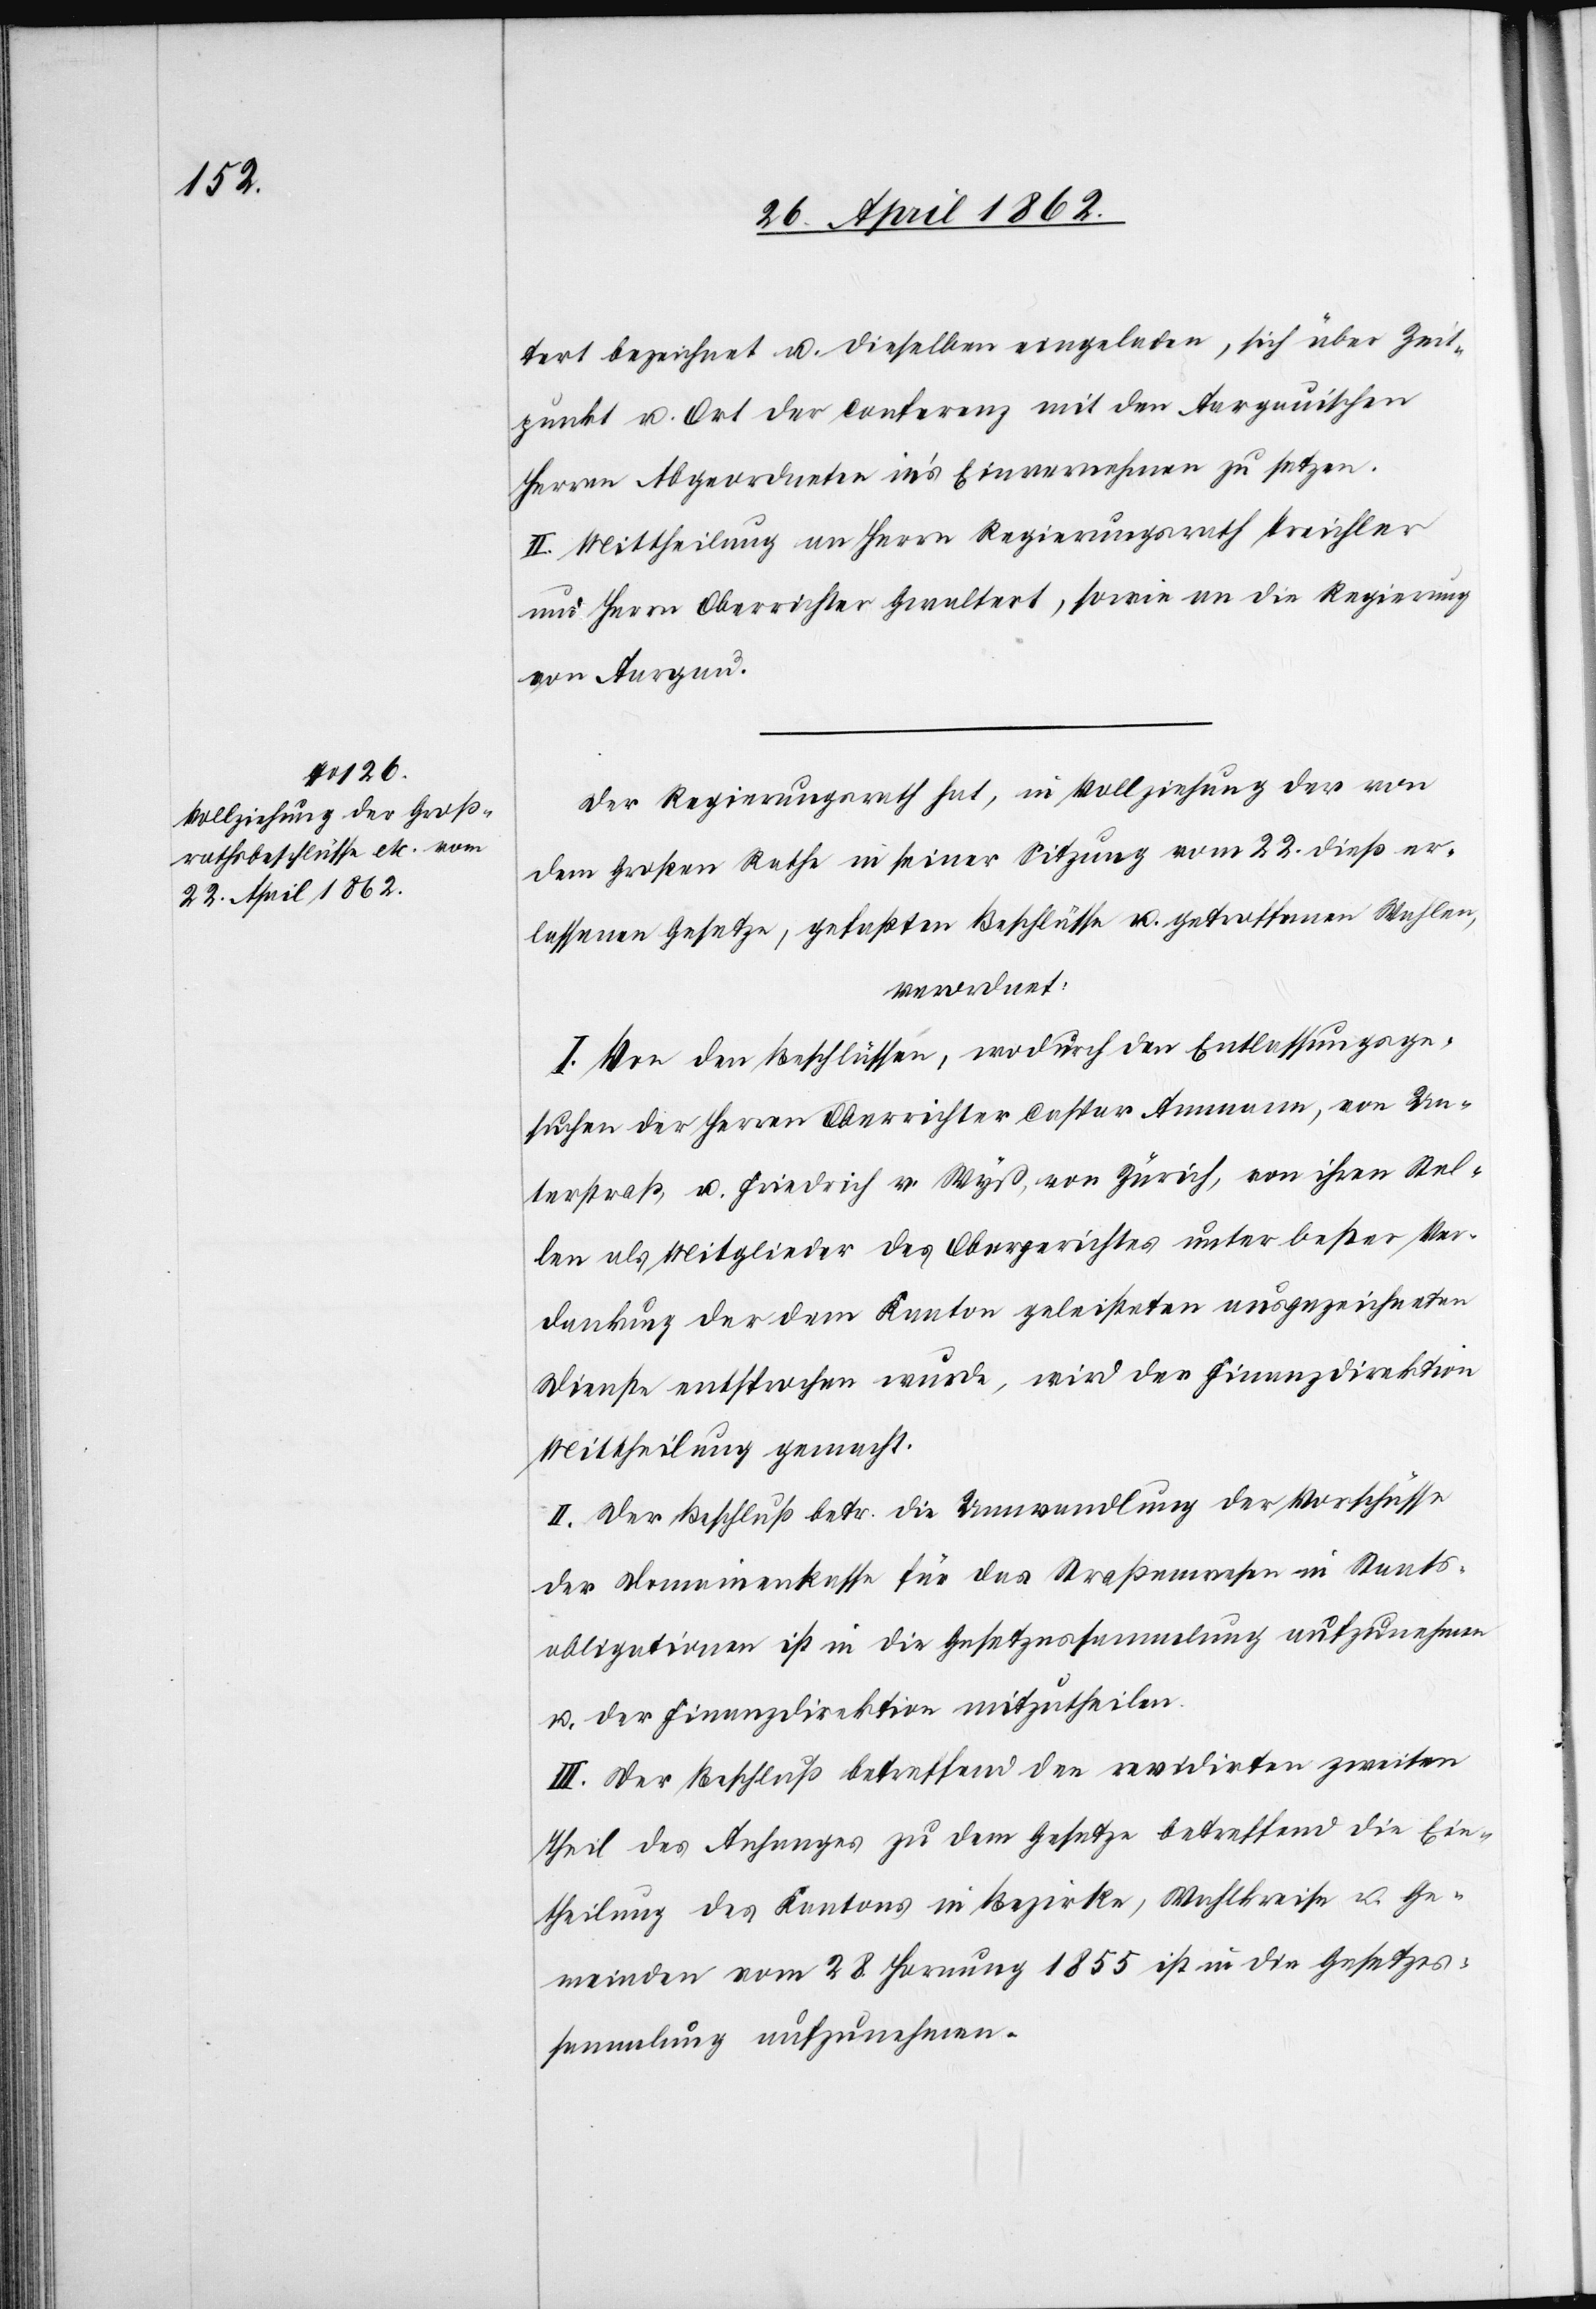
tert bezeichnet u. dieselben eingeladen, sich über Zeit¬
punkt u. Ort der Confernz mit den Aargauischen
Herren Abgeordneten in’s Einvernehmen zu setzen.
II. Mittheilung an Herrn Regierungsrath Treichler
und Herrn Oberrichter Gwaltert, sowie an die Regierung
von Aargau.
Der Regierungsrath hat, in Vollziehung der von
dem Großen Rathe in seiner Sitzung vom 22. dieß er¬
lassenen Gesetze, gefaßten Beschlüsse u. getroffenen Wahlen,
verordnet:
I. Von den Beschlüssen, wodurch den Entlassungsge¬
suchen der Herren Oberrichter Caspar Ammann, von Un¬
terstraß, u. Friedrich v. Wyß, von Zürich, von ihren Stel¬
len als Mitglieder des Obergerichtes unter bester Ver¬
dankung der dem Kanton geleisteten ausgezeichneten
Dienste entsprochen wurde, wird der Finanzdirektion
Mittheilung gemacht.
II. Der Beschluß betr. die Umwandlung der Vorschüsse
der Domainenkasse für das Straßenwesen in Staats¬
obligationen ist in die Gesetzessammlung aufzunehmen
u. der Finanzdirektion mitzutheilen.
III. Der Beschluß betreffend den revidirten zweiten
Theil des Anhanges zu dem Gesetze betreffend die Ein¬
theilung des Kantons in Bezirke, Wahlkreise u. Ge¬
meinden vom 28. Hornung 1855 ist in die Gesetzes¬
sammlung aufzunehmen.